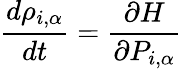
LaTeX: \frac{d\rho_{i,\alpha}}{dt}=\frac{\partial H}{\partial P_{i,\alpha}}